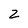
Character: z